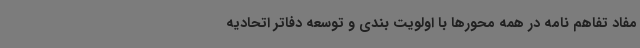
مفاد تفاهم نامه در همه محورها با اولویت بندی و توسعه دفاتر اتحادیه